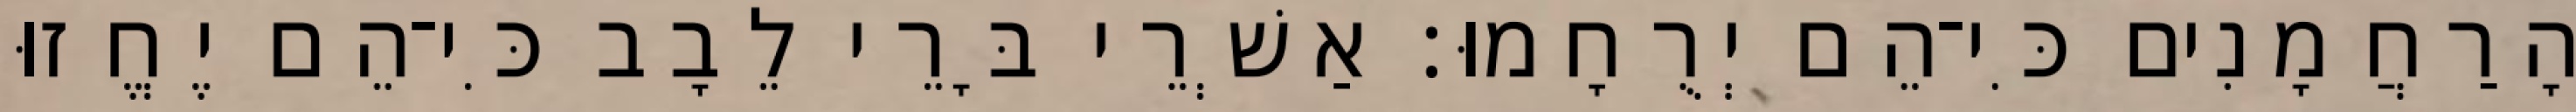
הָרַחֲמָנִים כִּי־הֵם יְרֻחָמוּ׃ אַשְׁרֵי בָּרֵי לֵבָב כִּי־הֵם יֶחֱזוּ